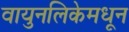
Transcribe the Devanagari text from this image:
वायुनलिकेमधून